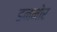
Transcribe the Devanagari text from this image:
डनमोर